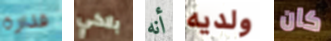
قذارة بلاكي أنه ولديه كان